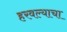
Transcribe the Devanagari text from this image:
हरवल्याचा